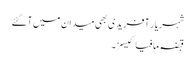
شہریار آفریدی بھی میدان میں آگئے
قبضہ مافیا کیسز۔